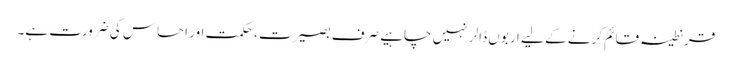
قرنطینہ قائم کرنے کے لیے اربوں ڈالر نہیں چاہیے صرف بصیرت ، حکمت اور احساس کی ضرورت ہے۔